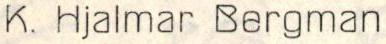
K. Hjalmar Bergman